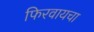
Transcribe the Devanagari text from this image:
फिरवायचा